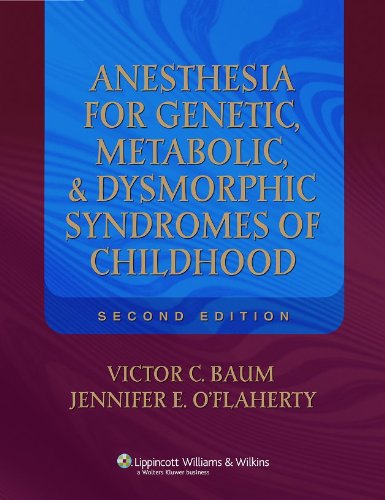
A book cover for Anesthesia for Genetic, Metabolic, and Dysmorphic Syndromes of Childhood (Baum, Anesthesia for Genetic, Metabolic, adn Dysmorphic Syndromes of Childhood); Victor C. Baum MD; Medical Books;